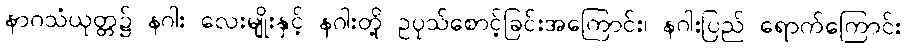
နာဂသံယုတ္တ၌ နဂါး လေးမျိုးနှင့် နဂါးတို့ ဥပုသ်စောင့်ခြင်းအကြောင်း၊ နဂါးပြည် ရောက်ကြောင်း